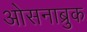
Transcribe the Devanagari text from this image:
ओसनाब्रुक